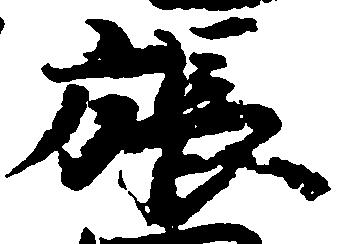
張